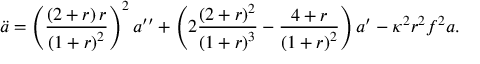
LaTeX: \ddot { a } = \left( \frac { \left( 2 + r \right) r } { \left( 1 + r \right) ^ { 2 } } \right) ^ { 2 } a ^ { \prime \prime } + \left( 2 \frac { \left( 2 + r \right) ^ { 2 } } { \left( 1 + r \right) ^ { 3 } } - \frac { 4 + r } { \left( 1 + r \right) ^ { 2 } } \right) a ^ { \prime } - \kappa ^ { 2 } r ^ { 2 } f ^ { 2 } a .